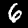
Label: 6